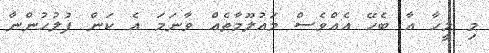
މި މީހާ އާ ބެހޭ އެއްވެސް މައުލޫމާތެއް ވާނަމަ އެ ކަން ފުލުހުންނާ